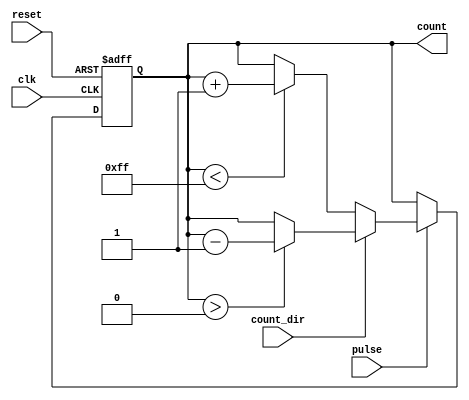
module MemoryBlocksPulseCounter #(parameter N = 8) (
    input wire clk,            // Clock signal
    input wire reset,          // Asynchronous active-high reset
    input wire pulse,          // Input pulse signal
    input wire count_dir,      // Counting direction control (0 for up, 1 for down)
    output reg [N-1:0] count   // N-bit output count
);

// Asynchronous reset and synchronous counting logic
always @(posedge clk or posedge reset) begin
    if (reset) begin
        count <= 0; // Reset count to zero
    end else if (pulse) begin
        if (count_dir == 1'b0) begin
            // Count up
            if (count < (2**N - 1)) begin
                count <= count + 1;
            end
        end else begin
            // Count down
            if (count > 0) begin
                count <= count - 1;
            end
        end
    end
end

endmodule